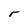
Character: r